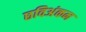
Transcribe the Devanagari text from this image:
छविअंकन